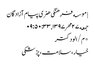
| موسسه فرهنگی هنری پیام آزادگان
جمعه ۲۷ مهر ۱۳۹۷ , ۰۹:۵۰:۳۳
*م/الودکتر
خیار،سلامت،پزشکی